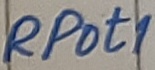
Text: RPot1